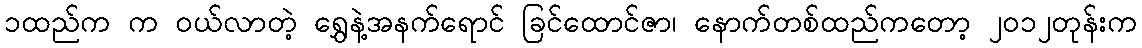
၁ထည်က က ၀ယ်လာတဲ့ ရွှေနဲ့အနက်ရောင် ခြင်ထောင်ဇာ၊ နောက်တစ်ထည်ကတော့ ၂၀၁၂တုန်းက